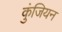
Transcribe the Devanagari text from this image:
कुंजियन